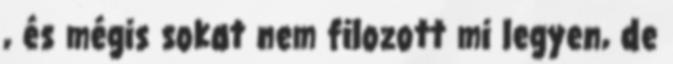
, és mégis sokat nem filozott mi legyen, de